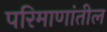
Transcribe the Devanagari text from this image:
परिमाणांतील